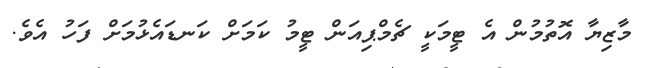
މާޒިޔާ އޮތުމުން އެ ޓީމަކީ ޗެމްޕިއަން ޓީމު ކަމަށް ކަނޑައެޅުމަށް ފަހު އެވެ.